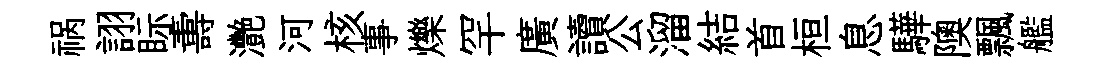
祸詡眎夀灧河核事爍罕廣讀公溜結首桓息驊隩飄艦